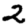
Digit: 2